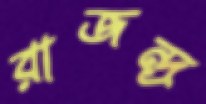
রাজন্দ্র